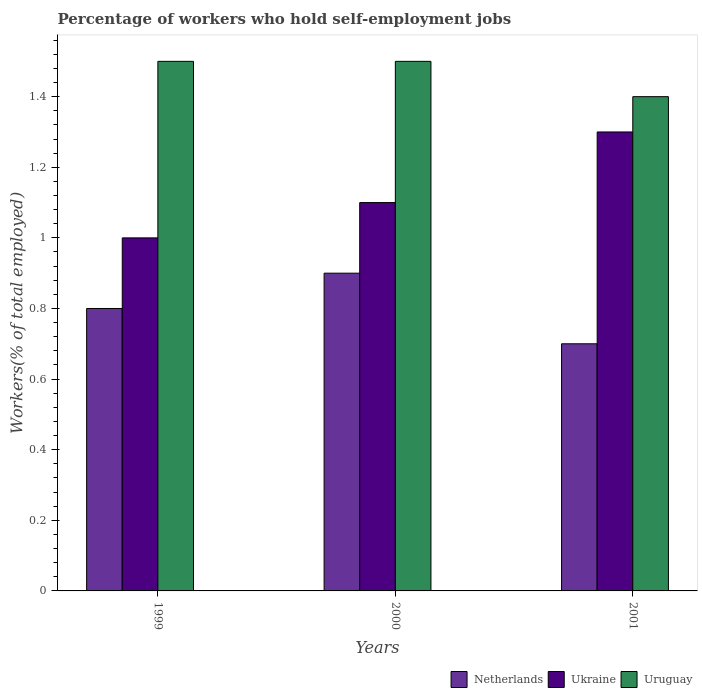
| Years | Netherlands | Ukraine | Uruguay |
 | --- | --- | --- | --- |
 | 1999 | 0.8 | 1 | 1.5 |
 | 2000 | 0.9 | 1.1 | 1.5 |
 | 2001 | 0.7 | 1.3 | 1.4 |